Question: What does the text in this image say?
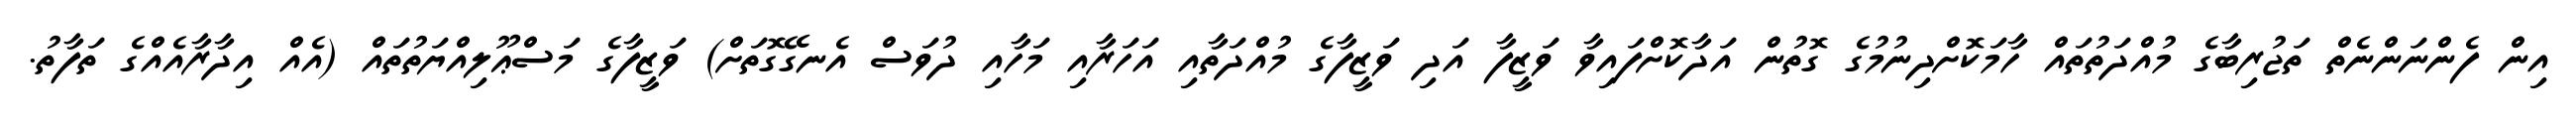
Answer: އިން ފެންނަންނެތް ތަޖުރިބާގެ މުއްދަތުތައް ހާމަކޮށްދިނުމުގެ ގޮތުން އަދާކޮށްފައިވާ ވަޒީފާ އަދި ވަޒީފާގެ މުއްދަތާއި އަހަރާއި މަހާއި ދުވަސް އެނގޭގޮތަށް) ވަޒީފާގެ މަސްޢޫލިއްޔަތުތައް (އެއް އިދާރާއެއްގެ ތަފާތު.